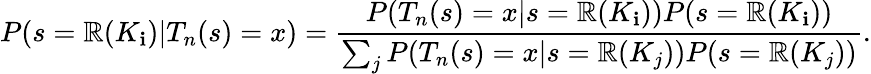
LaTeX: P(s=\mathbb{R}(K_{\mathbf{i}})|T_{n}(s)=x)={\frac{{P(T_{n}(s)=x|s=\mathbb{R}(K_{\mathbf{i}}))P(s=\mathbb{R}(K_{\mathbf{i}}))}}{{\sum_{j}P(T_{n}(s)=x|s=\mathbb{R}(K_{j}))P(s=\mathbb{R}(K_{j}))}}}.